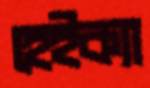
হেইক্যা